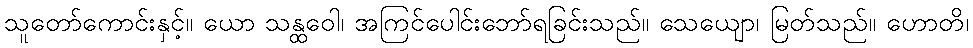
သူတော်ကောင်းနှင့်။ ယော သန္ထဝေါ၊ အကြင်ပေါင်းဘော်ရခြင်းသည်။ သေယျော၊ မြတ်သည်။ ဟောတိ၊